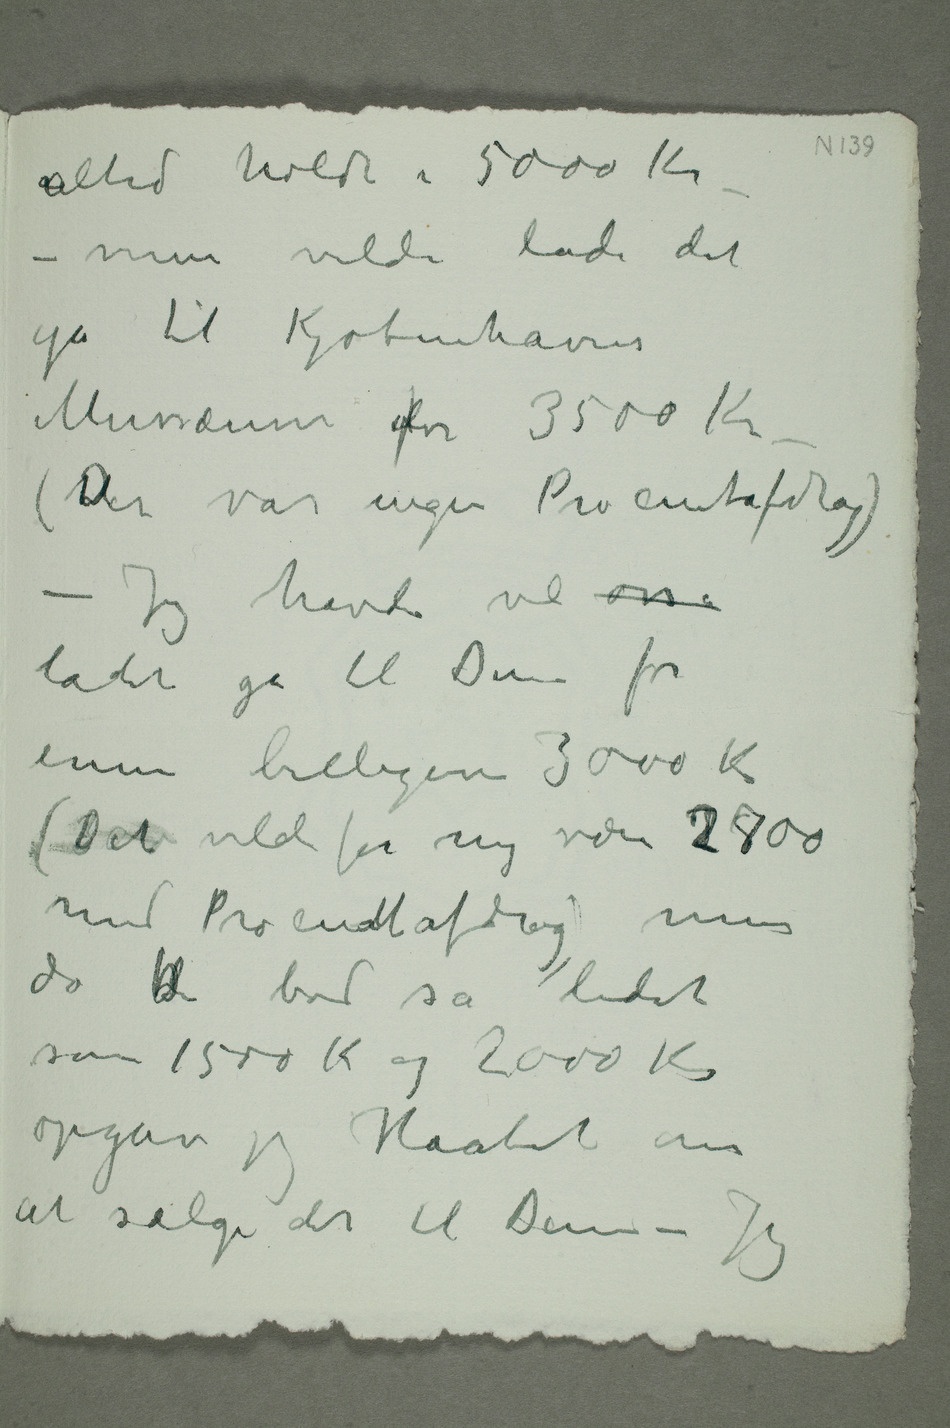
men vilde lade det
gå til Kjøbenhavns
Mussæum for 3500 Kr
– (Der var ingen Procentafdrag)
– Jeg havde vel osså
ladet gå til Dem for
ennu billigere 3000 K
(Det vilde for mig være 327800
med Procentafdrag) men
da dDe bød så lidet
som 1500 Kr og 2000 Kr
opgav jeg Haabet om
at sælge det til Dem – Jeg